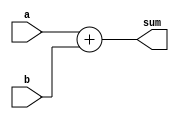
module adder(a,b,sum);  
  
input [2:0] a,b;  
  output [3:0] sum;
  
assign sum = a + b;
  
endmodule